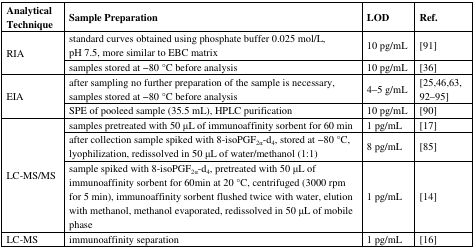
<table><thead><tr><td><b>Analytical Technique</b></td><td><b>Sample Preparation</b></td><td><b>LOD</b></td><td><b>Ref.</b></td></tr></thead><tbody><tr><td rowspan="2">RIA</td><td>standard curves obtained using phosphate buffer 0.025 mol/L, pH 7.5, more similar to EBC matrix</td><td>10 pg/mL</td><td>[91]</td></tr><tr><td>samples stored at −80 °C before analysis</td><td>10 pg/mL</td><td>[36]</td></tr><tr><td rowspan="2">EIA</td><td>after sampling no further preparation of the sample is necessary, samples stored at −80 °C before analysis</td><td>4–5 g/mL</td><td>[25,46,63, 92–95]</td></tr><tr><td>SPE of pooleed sample (35.5 mL), HPLC purification</td><td>10 pg/mL</td><td>[90]</td></tr><tr><td rowspan="3">LC-MS/MS</td><td>samples pretreated with 50 μL of immunoaffinity sorbent for 60 min</td><td>1 pg/mL</td><td>[17]</td></tr><tr><td>after collection sample spiked with 8-isoPGF<sub>2α</sub>-d<sub>4</sub>, stored at −80 °C, lyophilization, redissolved in 50 μL of water/methanol (1:1)</td><td>8 pg/mL</td><td>[85]</td></tr><tr><td>sample spiked with 8-isoPGF<sub>2α</sub>-d<sub>4</sub>, pretreated with 50 μL of immunoaffinity sorbent for 60min at 20 °C, centrifuged (3000 rpm for 5 min), immunoaffinity sorbent flushed twice with water, elution with methanol, methanol evaporated, redissolved in 50 μL of mobile phase</td><td>1 pg/mL</td><td>[14]</td></tr><tr><td>LC-MS</td><td>immunoaffinity separation</td><td>1 pg/mL</td><td>[16]</td></tr></tbody></table>